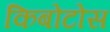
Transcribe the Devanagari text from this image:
किबोटोस